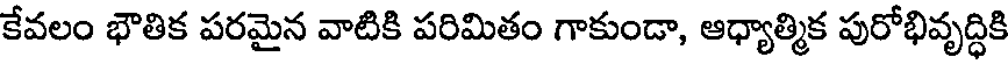
కేవలం భౌతిక పరమైన వాటికి పరిమితం గాకుండా, ఆధ్యాత్మిక పురోభివృద్ధికి